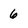
Character: 6